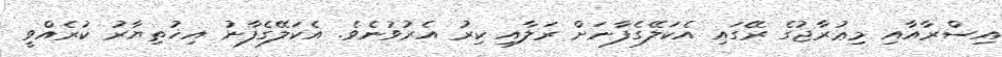
އިސްރާއާއި މިޢުރާޖުގެ ރޭގައި އެކަލޭގެފާނަށް ރަލާއި ކިރު އެރުވުނެވެ. އެކަލޭގެފާނު އިޚުތިޔާރު ކުރެއްވީ